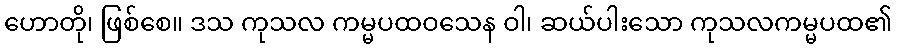
ဟောတို၊ ဖြစ်စေ။ ဒသ ကုသလ ကမ္မပထဝသေန ဝါ၊ ဆယ်ပါးသော ကုသလကမ္မပထ၏